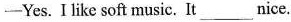
—Yes. I like soft music. It ___nice.